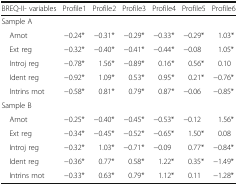
<table><thead><tr><td><b>BREQ-II- variables</b></td><td><b>Profile1</b></td><td><b>Profile2</b></td><td><b>Profile3</b></td><td><b>Profile4</b></td><td><b>Profile5</b></td><td><b>Profile6</b></td></tr></thead><tbody><tr><td colspan="7">Sample A</td></tr><tr><td> Amot</td><td>−0.24*</td><td>−0.31*</td><td>−0.29*</td><td>−0.33*</td><td>−0.29*</td><td>1.03*</td></tr><tr><td> Ext reg</td><td>−0.32*</td><td>−0.40*</td><td>−0.41*</td><td>−0.44*</td><td>−0.08</td><td>1.05*</td></tr><tr><td> Introj reg</td><td>−0.78*</td><td>1.56*</td><td>−0.89*</td><td>0.16*</td><td>0.56*</td><td>0.10</td></tr><tr><td> Ident reg</td><td>−0.92*</td><td>1.09*</td><td>0.53*</td><td>0.95*</td><td>0.21*</td><td>−0.76*</td></tr><tr><td> Intrins mot</td><td>−0.58*</td><td>0.81*</td><td>0.79*</td><td>0.87*</td><td>−0.06</td><td>−0.85*</td></tr><tr><td colspan="7">Sample B</td></tr><tr><td> Amot</td><td>−0.25*</td><td>−0.40*</td><td>−0.45*</td><td>−0.53*</td><td>−0.12</td><td>1.56*</td></tr><tr><td> Ext reg</td><td>−0.34*</td><td>−0.45*</td><td>−0.52*</td><td>−0.65*</td><td>1.50*</td><td>0.08</td></tr><tr><td> Introj reg</td><td>−0.32*</td><td>1.03*</td><td>−0.71*</td><td>−0.09</td><td>0.77*</td><td>−0.84*</td></tr><tr><td> Ident reg</td><td>−0.36*</td><td>0.77*</td><td>0.58*</td><td>1.22*</td><td>0.35*</td><td>−1.49*</td></tr><tr><td> Intrins mot</td><td>−0.33*</td><td>0.63*</td><td>0.79*</td><td>1.12*</td><td>0.11</td><td>−1.28*</td></tr></tbody></table>